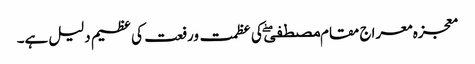
معجزہ معراج مقام مصطفیۖ کی عظمت ورفعت کی عظیم دلیل ہے۔